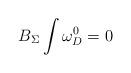
LaTeX: \begin{align*}B_\Sigma \int \omega _D^0=0\; \end{align*}